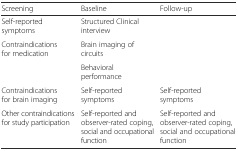
<table><thead><tr><td><b>Screening</b></td><td><b>Baseline</b></td><td><b>Follow-up</b></td></tr></thead><tbody><tr><td>Self-reported symptoms</td><td>Structured Clinical interview</td><td rowspan="3"></td></tr><tr><td rowspan="2">Contraindications for medication</td><td>Brain imaging of circuits</td></tr><tr><td>Behavioral performance</td></tr><tr><td>Contraindications for brain imaging</td><td>Self-reported symptoms</td><td>Self-reported symptoms</td></tr><tr><td>Other contraindications for study participation</td><td>Self-reported and observer-rated coping, social and occupational function</td><td>Self-reported and observer-rated coping, social and occupational function</td></tr></tbody></table>